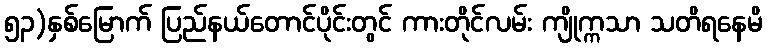
၅၃)နှစ်မြောက် ပြည်နယ်တောင်ပိုင်းတွင် ကားတိုင်လမ်း ကျိုက္ကသာ သတိရနေမိ